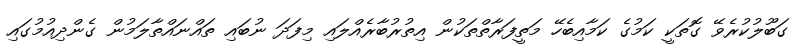
ގަބޫލުކުރެވޭ ގޮތަކީ ކަމުގެ ކަމާއިބެހޭ މަތީފަރާތްތަކުން އިތުރުބާރެއްލައި މިފަދަ ނުބައި ތައްނައްތާލަމުން ގެންދިއުމުގައި